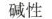
碱性